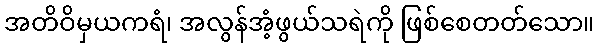
အတိဝိမှယကရံ၊ အလွန်အံ့ဖွယ်သရဲကို ဖြစ်စေတတ်သော။